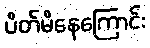
ပိတ်မိနေကြောင်း